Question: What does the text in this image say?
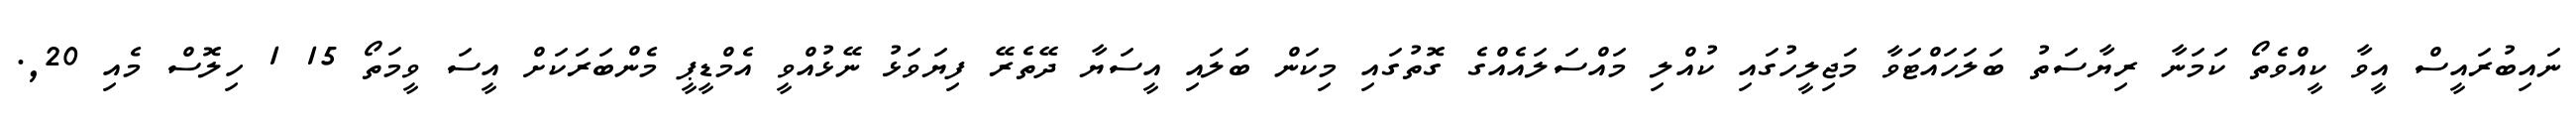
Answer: ނައިބުރައީސް އީވާ ކީއްވެތޯ ކަމަނާ ރިޔާސަތު ބަލަހައްޓަވާ މަޖިލީހުގައި ކުއްލި މައްސަލައެއްގެ ގޮތުގައި މިކަން ބަލައި އީސަޔާ ދޭތެރޭ ފިޔަވަޅު ނޭޅުއްވީ އެމްޑީޕީ މެންބަރަކަށް އީސަ ވީމަތޯ 15 1 ހިލޮސް މެއި 20,.